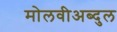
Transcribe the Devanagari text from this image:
मोलवीअब्दुल